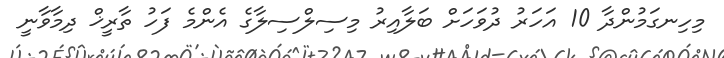
މިހިނގަމުންދާ 10 އަހަރު ދުވަހަށް ބަލާއިރު މިސިލްސިލާގެ އެންމެ ފަހު ތާރީޚް ދިމާވާނީ